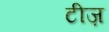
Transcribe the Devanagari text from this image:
टीज़